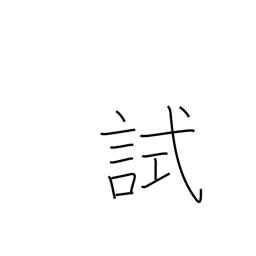
Meaning: test